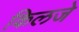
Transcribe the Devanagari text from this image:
किलजे